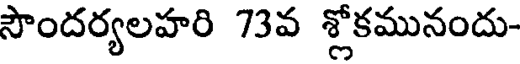
సౌందర్యలహరి 73వ శ్లోకమునందు-